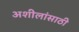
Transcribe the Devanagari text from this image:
अशीलांसाठी